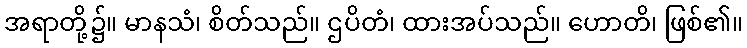
အရာတို့၌။ မာနသံ၊ စိတ်သည်။ ဌပိတံ၊ ထားအပ်သည်။ ဟောတိ၊ ဖြစ်၏။